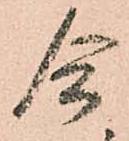
合